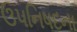
ઉપનિષદના